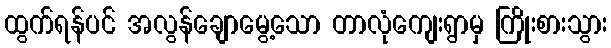
ထွက်ရန်ပင် အလွန်ချောမွေ့သော တာလုံကျေးရွာမှ ကြိုးစားသွား